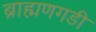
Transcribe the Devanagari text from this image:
ब्राह्मणगडी